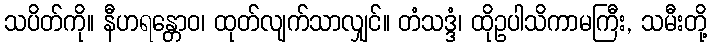
သပိတ်ကို။ နီဟရန္တောဝ၊ ထုတ်လျက်သာလျှင်။ တံသဒ္ဒံ၊ ထိုဥပါသိကာမကြီး, သမီးတို့